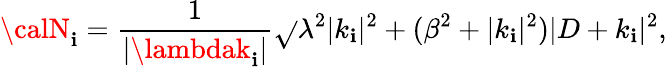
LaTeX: {\calN}_{\mathbf{i}}=\frac{{1}}{{|\lambdak_{\mathbf{i}}|}}\sqrt{}{{\lambda^{2}|k_{\mathbf{i}}|^{2}+(\beta^{2}+|k_{\mathbf{i}}|^{2})|D+k_{\mathbf{i}}|^{2}}},